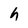
Character: h